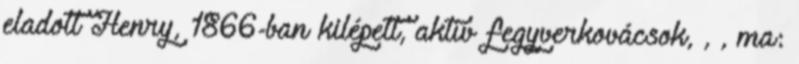
eladott Henry, 1866-ban kilépett, aktív fegyverkovácsok, , , ma: